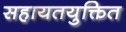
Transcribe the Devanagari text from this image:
सहायतयुक्तित